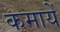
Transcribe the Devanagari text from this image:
कमायें